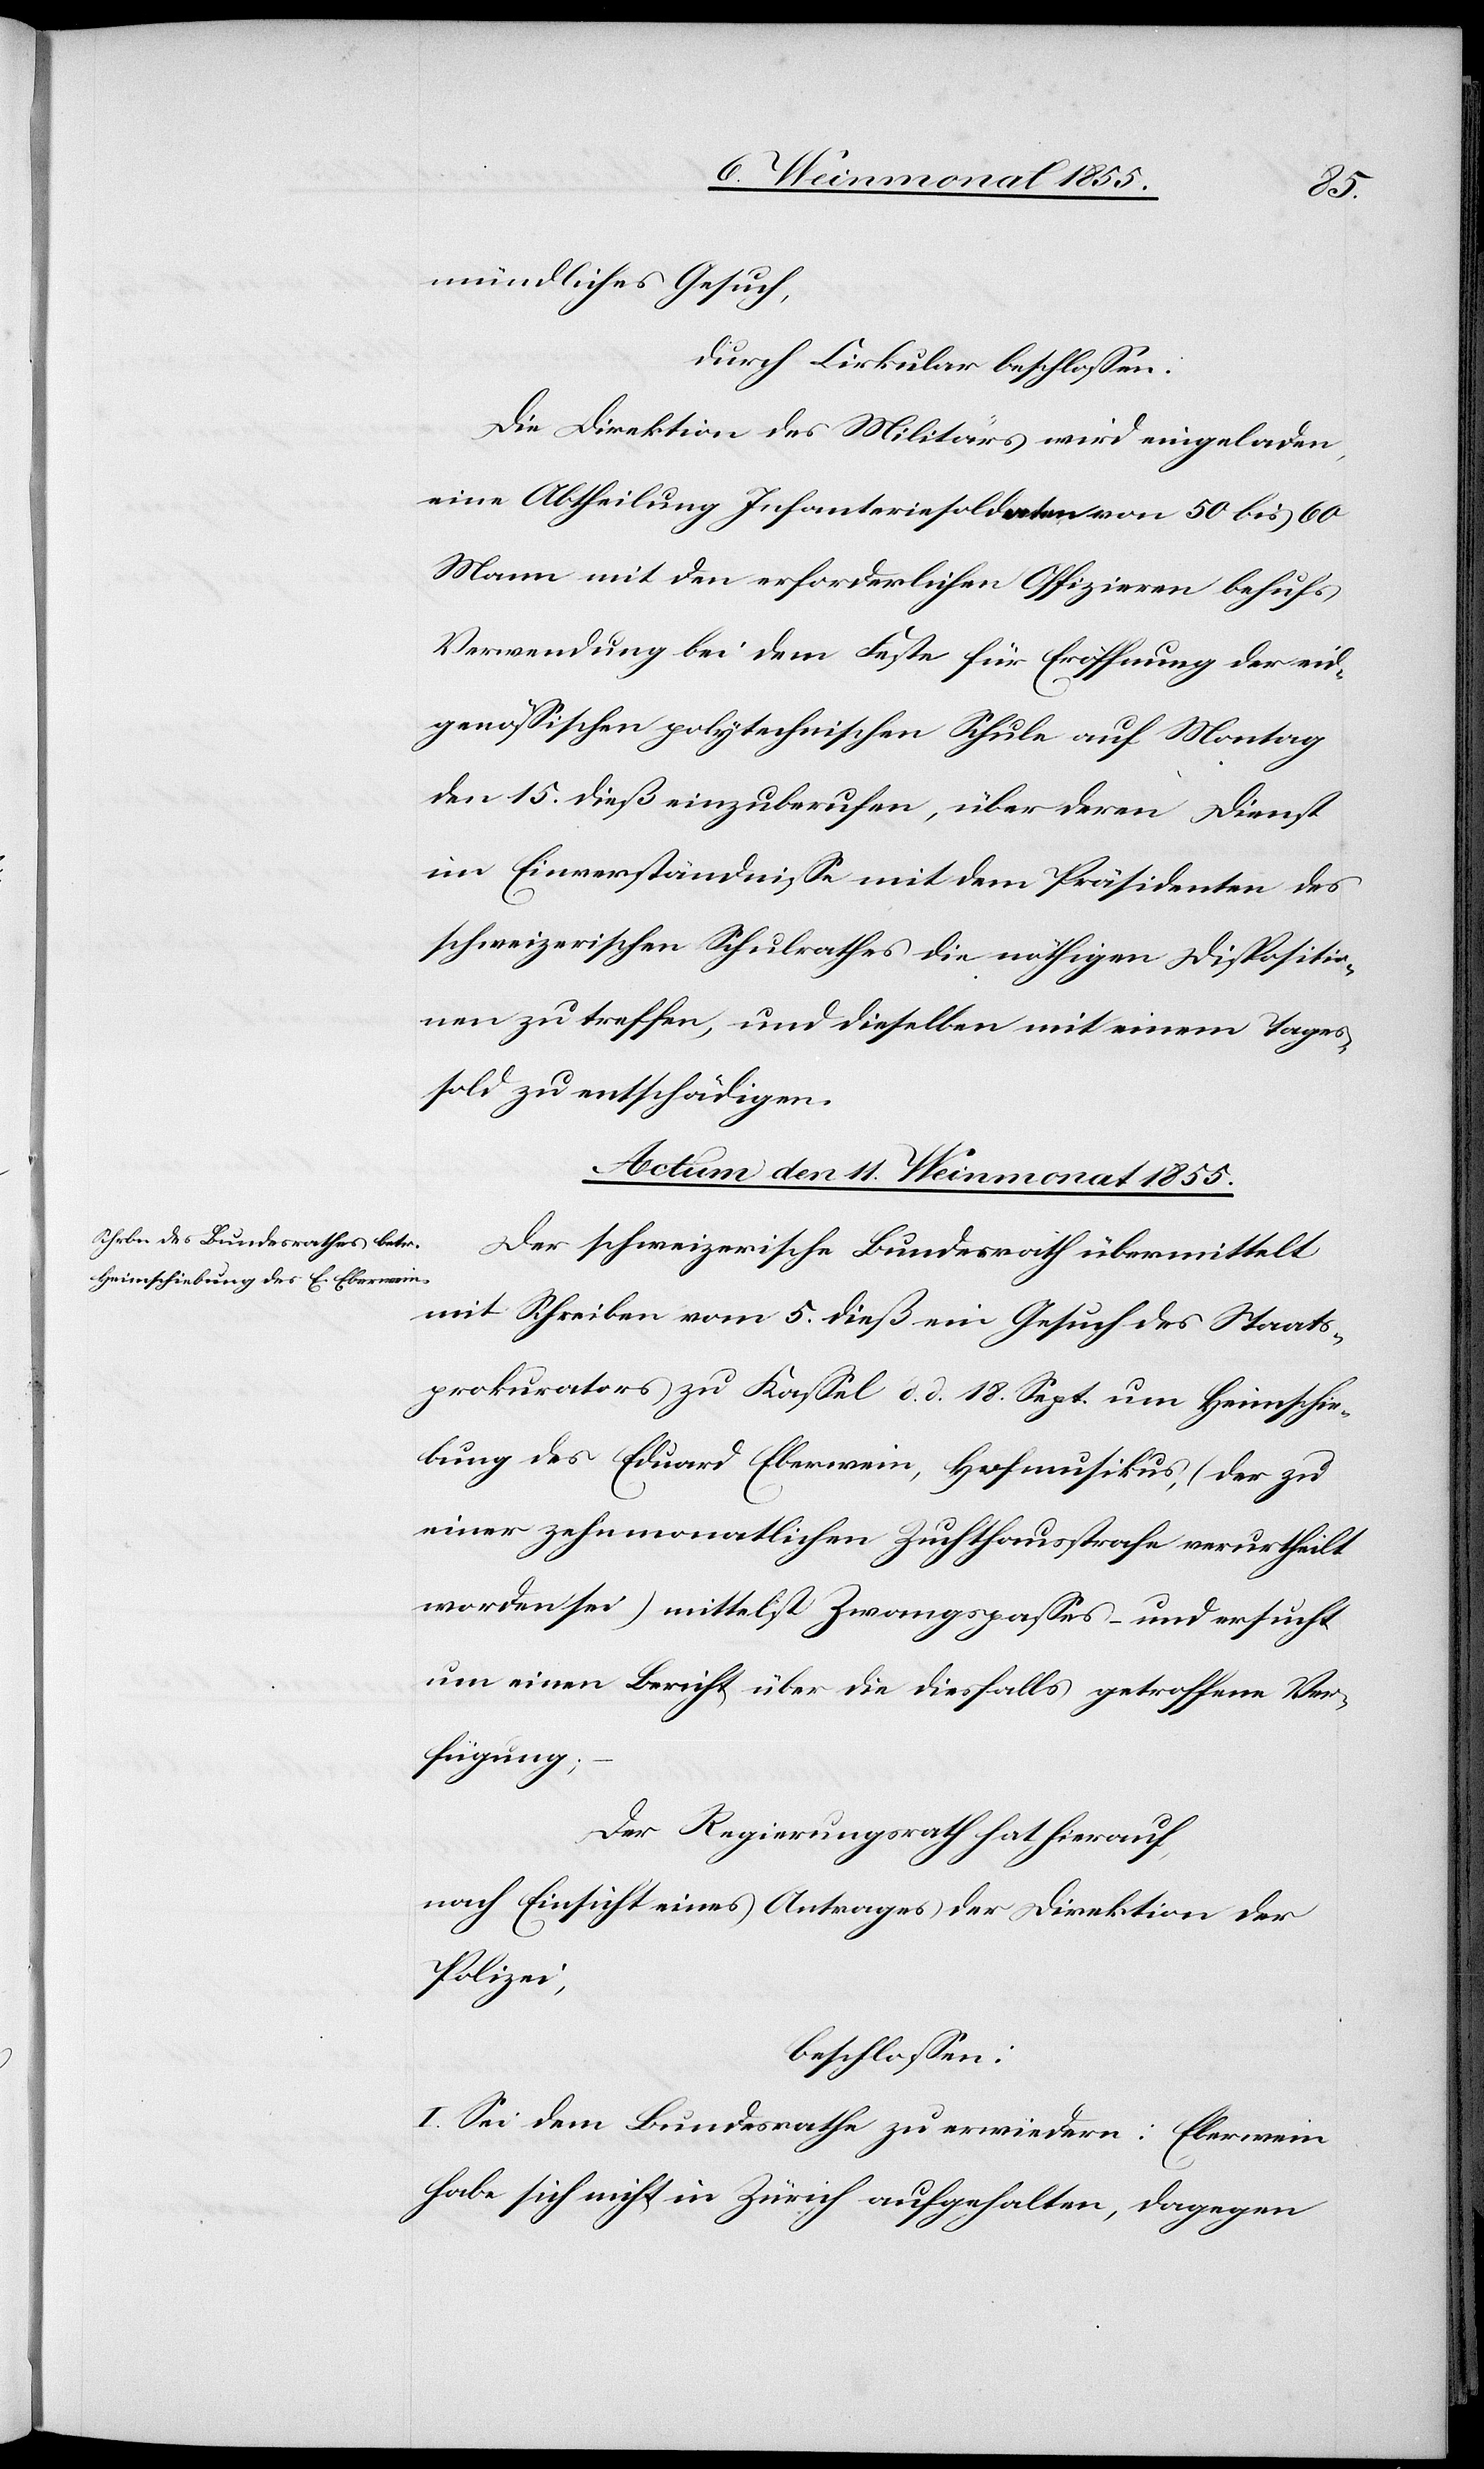
mündliches Gesuch,
durch Cirkular beschlossen:
Die Direktion des Militärs wird eingeladen,
eine Abtheilung Infanteriesoldaten von 50 bis 60
Mann mit den erforderlichen Offizieren behufs
Verwendung bei dem Feste für Eröffnung der eid¬
genössischen polytechnischen Schule auf Montag
den 15. dieß einzuberufen, über deren Dienst
im Einverständnisse mit dem Präsidenten des
schweizerischen Schulrathes die nöthigen Dispositio¬
nen zu treffen, und dieselben mit einem Tages¬
sold zu entschädigen.
Actum den 11. Weinmonat 1855.
Der schweizerische Bundesrath übermittelt
mit Schreiben vom 5. dieß ein Gesuch des Staats¬
prokurators zu Kassel d. d. 18. Sept. um Heimschie¬
bung des Eduard Eberwein, Hofmusikus, (der zu
einer zehnmonatlichen Zuchthausstrafe verurtheilt
worden sei) mittelst Zwangspasses – und ersucht
um einen Bericht über die diesfalls getroffene Ver¬
fügung;
Der Regierungsrath hat hierauf,
nach Einsicht eines Antrages der Direktion der
Polizei,
beschlossen:
I. Sei dem Bundesrathe zu erwiedern: Eberwein
habe sich nicht in Zürich aufgehalten, dagegen